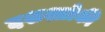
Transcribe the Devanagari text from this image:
दशश्लोकी